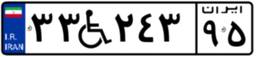
۳۳W۲۴۳۹۵